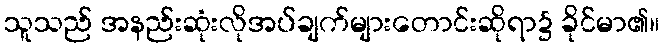
သူသည် အနည်းဆုံးလိုအပ်ချက်များတောင်းဆိုရာ၌ ခိုင်မာ၏။